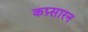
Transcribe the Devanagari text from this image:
कप्र्सारन